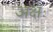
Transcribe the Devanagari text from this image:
अक्षः